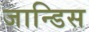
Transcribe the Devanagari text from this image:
जान्डिस